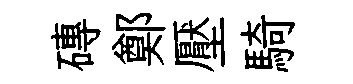
磚鄭壓騎